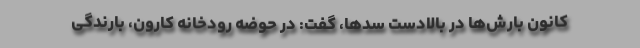
کانون بارش‌ها در بالادست سدها، گفت: در حوضه رودخانه کارون، بارندگی